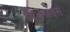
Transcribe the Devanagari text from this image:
सिझरहँड्स